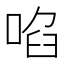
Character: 啗